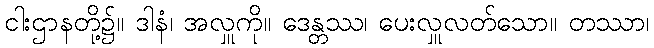
ငါးဌာနတို့၌။ ဒါနံ၊ အလှူကို။ ဒေန္တဿ၊ ပေးလှူလတ်သော။ တဿာ၊